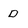
Character: D